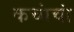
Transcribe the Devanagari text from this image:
कचांचां